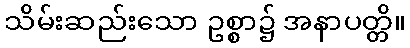
သိမ်းဆည်းသော ဥစ္စာ၌ အနာပတ္တိ။